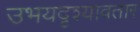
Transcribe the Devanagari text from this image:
उभयदृश्यावतार